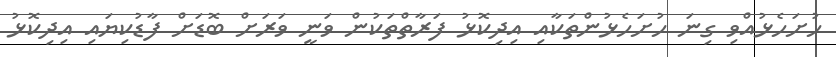
ހުށަހެޅުއްވި ގިނަ ހުށަހެޅުންތަކާއި އިދިކޮޅު ފަރާތްތަކުން ވަނީ ވަރަށް ބޮޑަށް ފާޑުކިޔައި އިދިކޮޅު